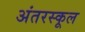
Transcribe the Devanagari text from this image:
अंतरस्कूल